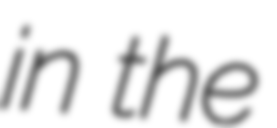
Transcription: in the